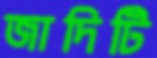
জাদিটি